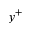
y ^ { + }